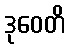
ဒုဝေတိ